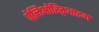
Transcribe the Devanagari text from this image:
पेलिओस्ट्रिआटम